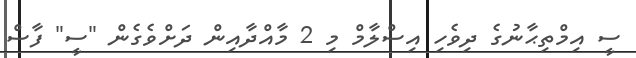
ސީ އިމްތިޙާނުގެ ދިވެހި އިސްލާމް މި 2 މާއްދާއިން ދަށްވެގެން "ސީ" ފާސް